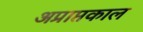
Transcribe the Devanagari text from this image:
अप्राप्तकाल